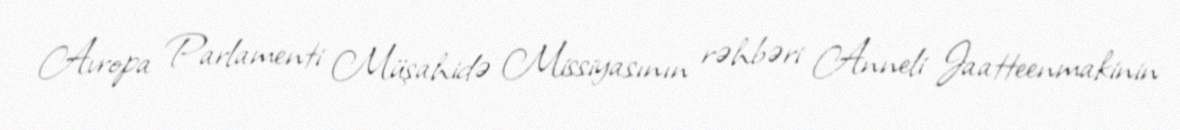
Avropa Parlamenti Müşahidə Missiyasının rəhbəri Anneli Jaatteenmakinin